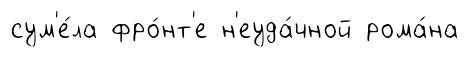
сум'е́ла фро́нт'е н'еуда́чной рома́на